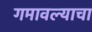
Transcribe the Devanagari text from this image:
गमावल्याचा